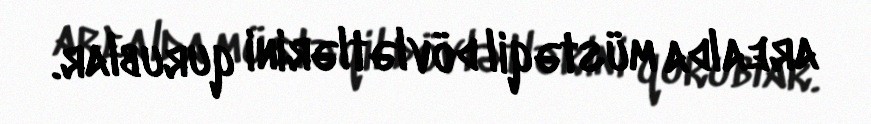
arealda müstəqil dövlətlərini qurublar.